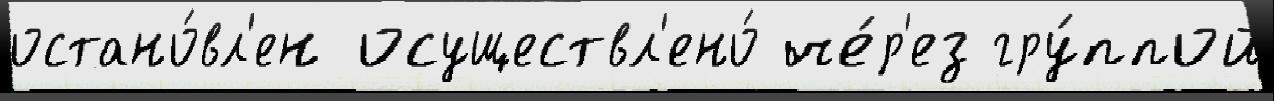
остано́вл'ен осуществл'ено́ че́р'ез гру́ппой